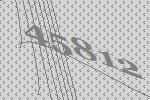
45812